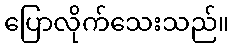
ပြောလိုက်သေးသည်။